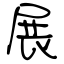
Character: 展